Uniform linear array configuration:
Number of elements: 12
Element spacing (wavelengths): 0.5
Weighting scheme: uniform
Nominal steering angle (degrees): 45
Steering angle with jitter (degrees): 46.066
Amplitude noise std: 0.05
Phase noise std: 0.05

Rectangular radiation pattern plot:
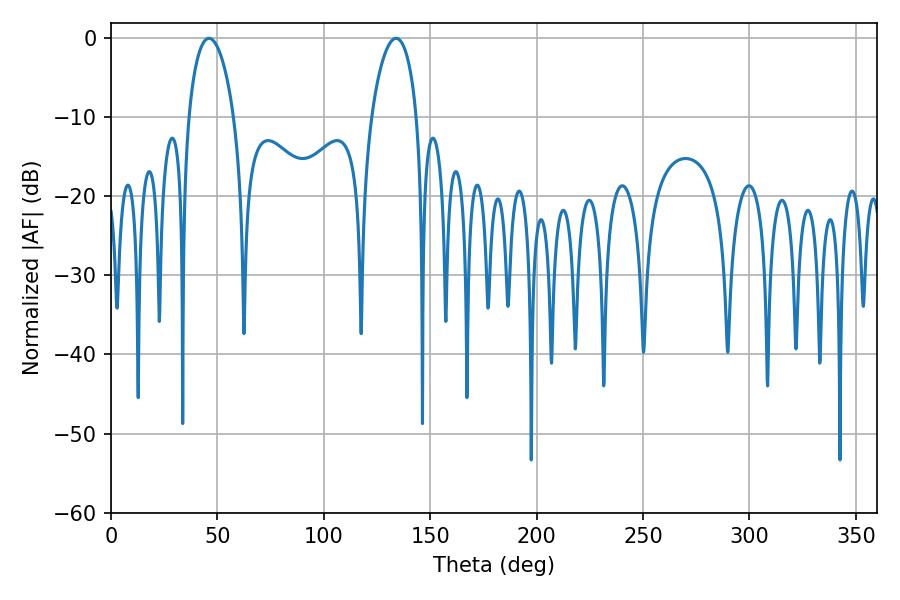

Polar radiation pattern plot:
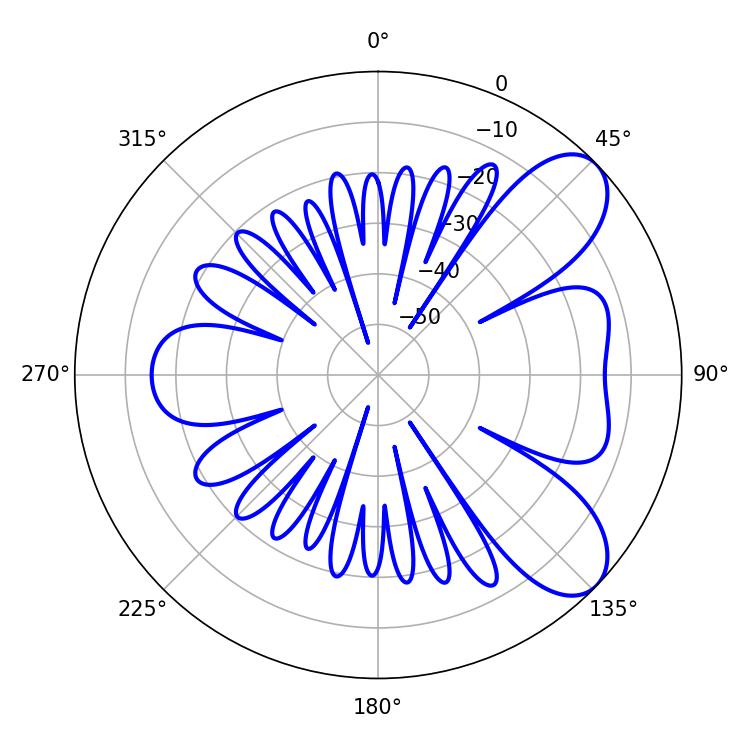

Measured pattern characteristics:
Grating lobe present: FALSE
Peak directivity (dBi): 7.687
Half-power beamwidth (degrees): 12.06
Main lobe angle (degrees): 46.08